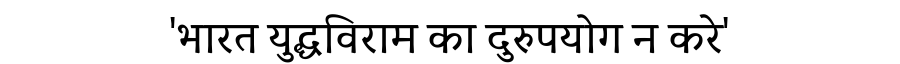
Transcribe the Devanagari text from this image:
'भारत युद्धविराम का दुरुपयोग न करे'